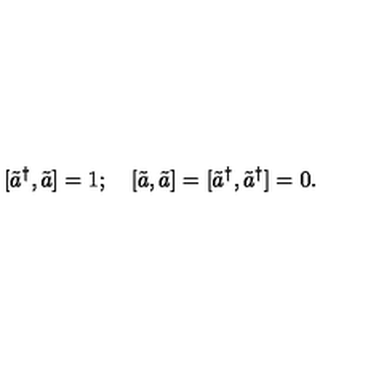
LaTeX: \lbrack \tilde { a } ^ { \dagger } , \tilde { a } ] = 1 ; \quad \left[ \tilde { a } , \tilde { a } \right] = [ \tilde { a } ^ { \dagger } , \tilde { a } ^ { \dagger } ] = 0 .